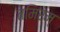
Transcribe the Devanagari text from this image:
तमिरम्